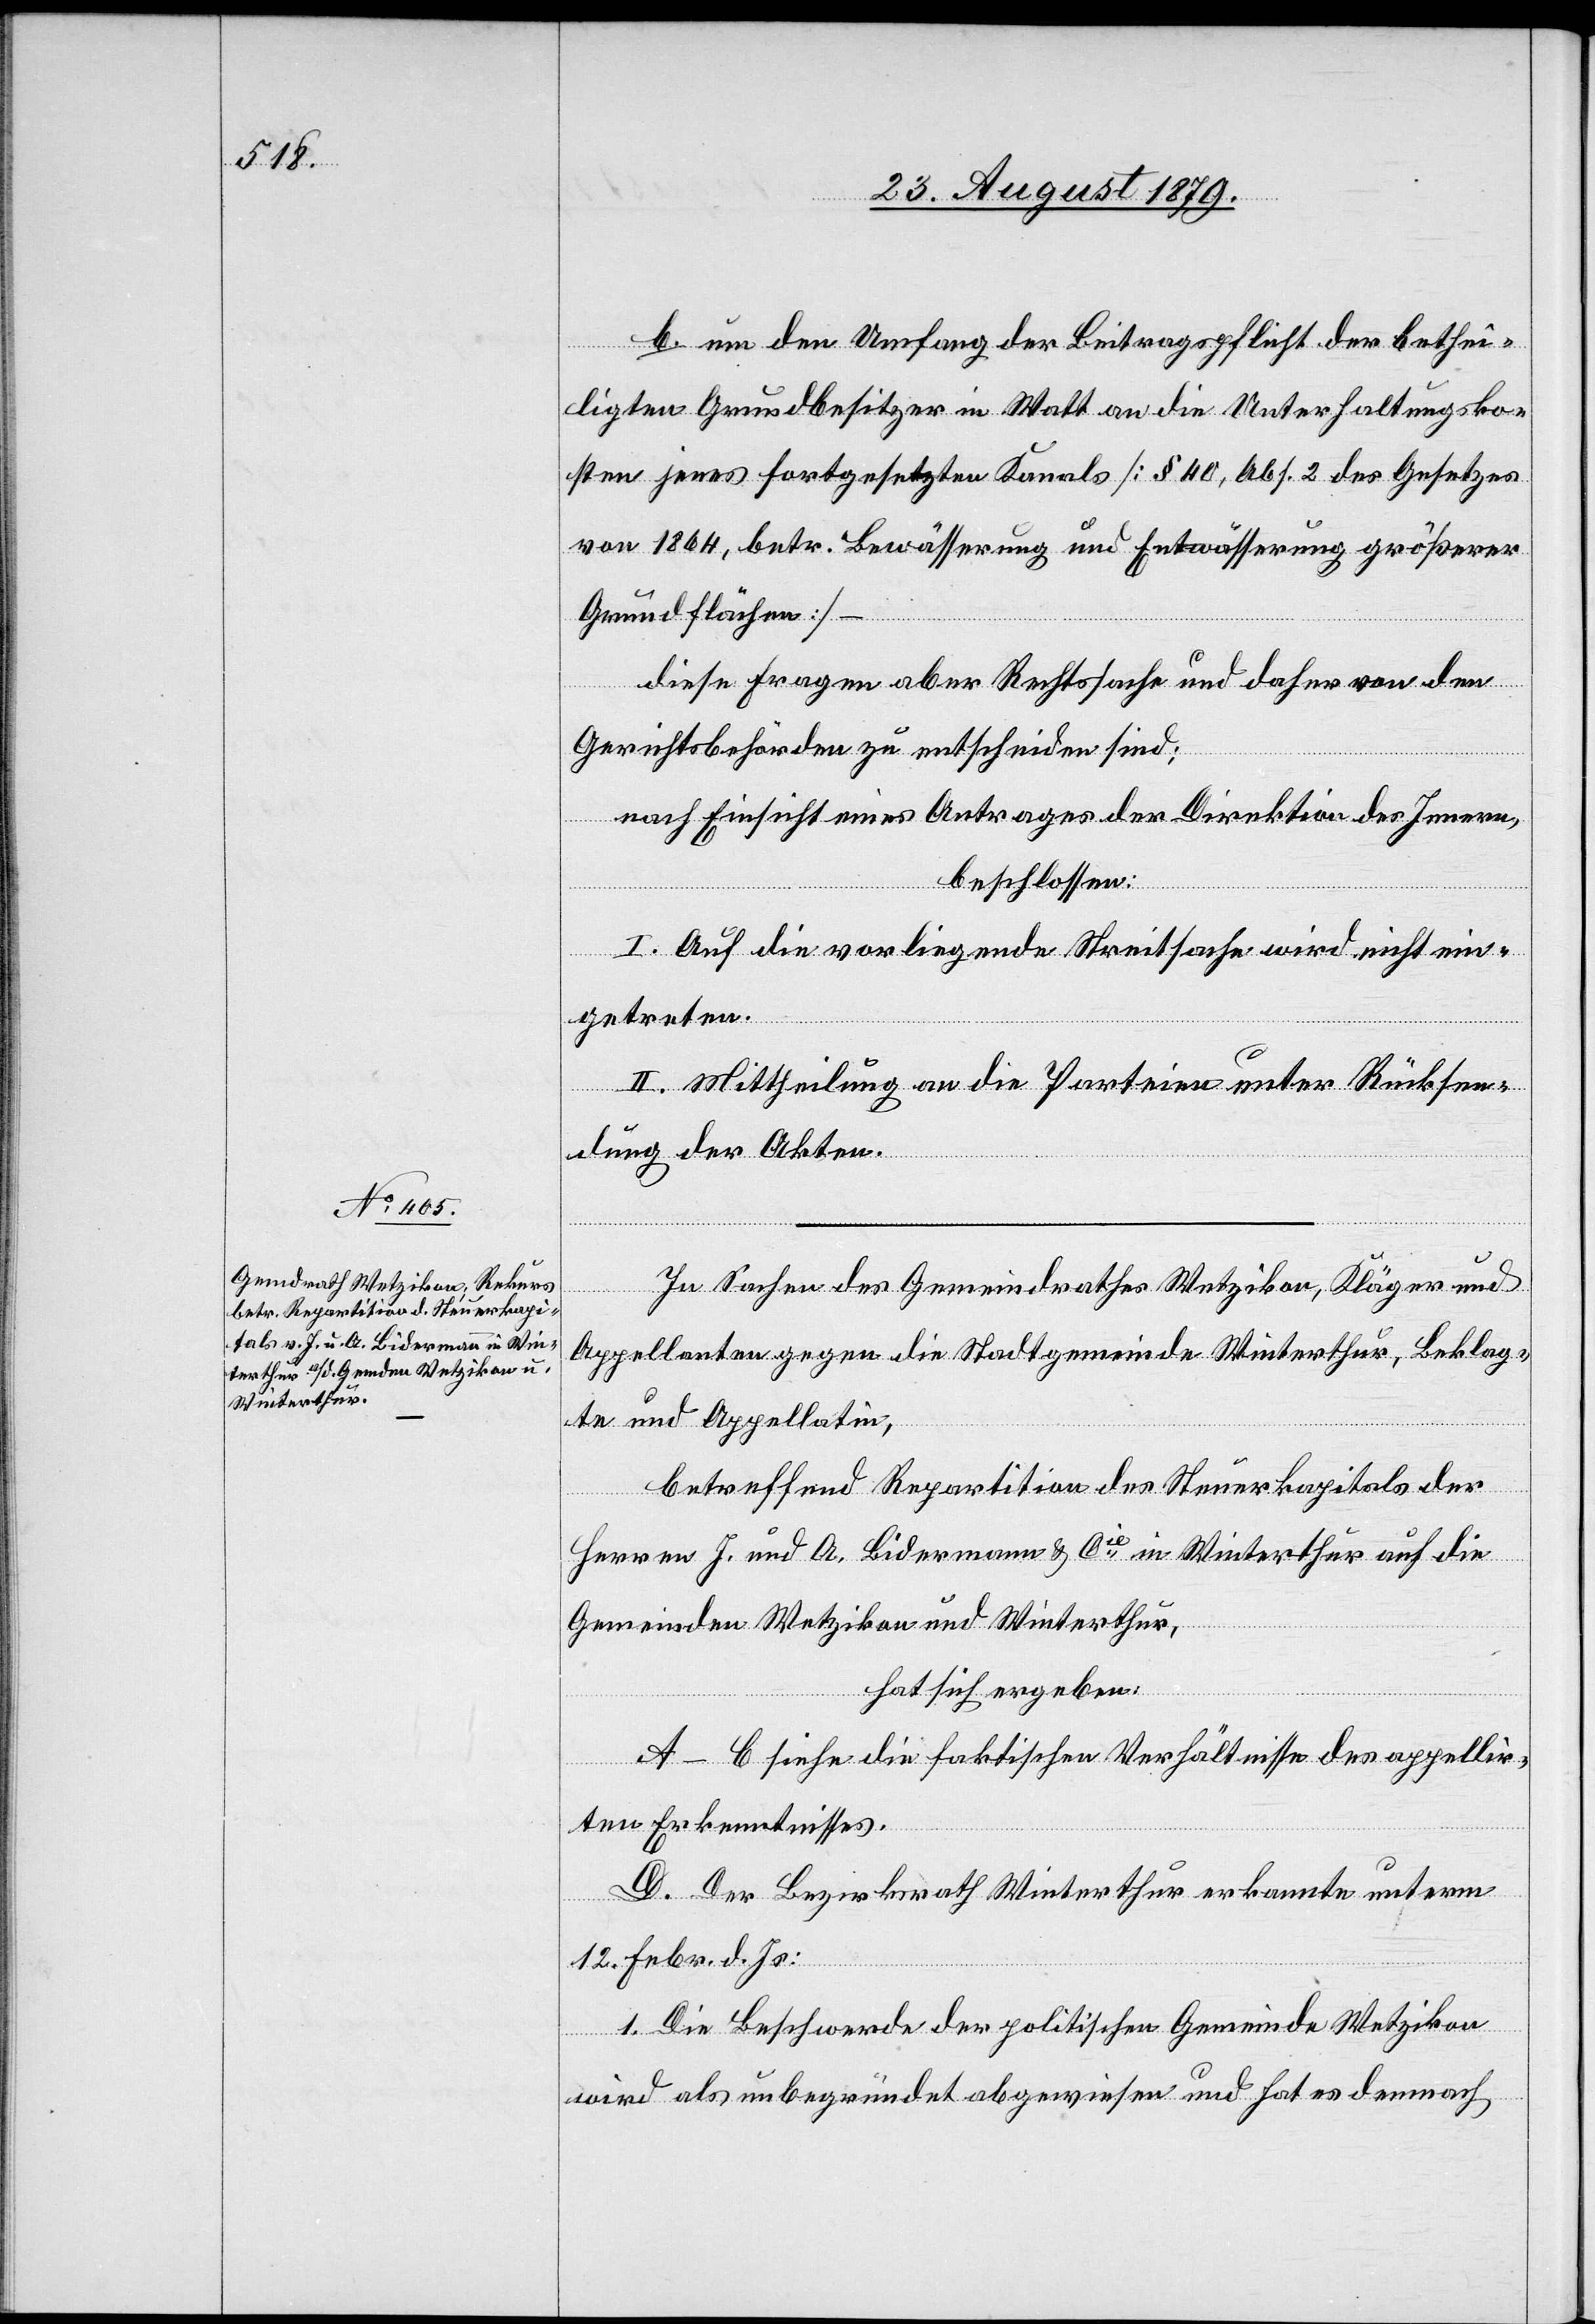
b. um den Umfang der Beitragspflicht der bethei¬
ligten Grundbesitzer in Watt an die Unterhaltungsko¬
sten jenes fortgesetzten Kanals [§ 40, Abs. 2 des Gesetzes
von 1864, betr. Bewässerung und Entwässerung größerer
Grundflächen] –
diese Fragen aber Rechtssache und daher von den
Gerichtsbehörden zu entscheiden sind;
nach Einsicht eines Antrages der Direktion des Innern,
beschlossen:
I. Auf die vorliegende Streitsache wird nicht ein¬
getreten.
II. Mittheilung an die Parteien unter Rücksen¬
dung der Akten.
In Sachen des Gemeindrathes Wetzikon, Kläger und
Appellanten gegen die Stadtgemeinde Winterthur, Beklag¬
te und Appellatin,
betreffend Repartition des Steuerkapitals der
Herren J. und A. Bidermann & Cie in Winterthur auf die
Gemeinden Wetzikon und Winterthur,
hat sich ergeben:
A–C siehe die faktischen Verhältnisse des appellir¬
ten Erkenntnisses.
D. Der Bezirksrath Winterthur erkannte unterm
12. Febr. d. Js:
1. Die Beschwerde der politischen Gemeinde Wetzikon
wird als unbegründet abgewiesen und hat es demnach